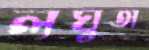
লঘুতা